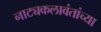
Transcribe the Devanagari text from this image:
नाट्यकलावंतांच्या